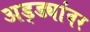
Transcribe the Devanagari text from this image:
अड्ड्यांवर